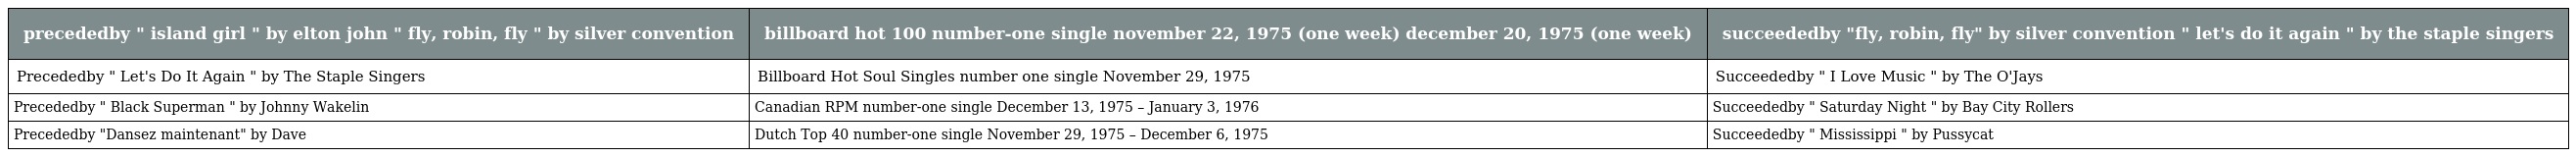
| precededby " island girl " by elton john " fly, robin, fly " by silver convention | billboard hot 100 number-one single november 22, 1975 (one week) december 20, 1975 (one week) | succeededby "fly, robin, fly" by silver convention " let's do it again " by the staple singers |
 | --- | --- | --- |
 | Precededby " Let's Do It Again " by The Staple Singers | Billboard Hot Soul Singles number one single November 29, 1975 | Succeededby " I Love Music " by The O'Jays |
 | Precededby " Black Superman " by Johnny Wakelin | Canadian RPM number-one single December 13, 1975 – January 3, 1976 | Succeededby " Saturday Night " by Bay City Rollers |
 | Precededby "Dansez maintenant" by Dave | Dutch Top 40 number-one single November 29, 1975 – December 6, 1975 | Succeededby " Mississippi " by Pussycat |